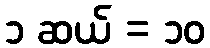
၁ ဆယ် = ၁၀